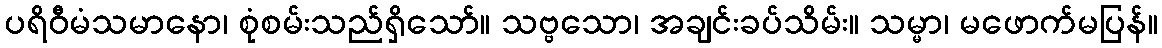
ပရိဝီမံသမာနော၊ စုံစမ်းသည်ရှိသော်။ သဗ္ဗသော၊ အချင်းခပ်သိမ်း။ သမ္မာ၊ မဖောက်မပြန်။